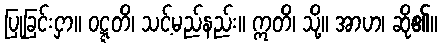
ပြုခြင်းငှာ။ ဝဋ္ဋတိ၊ သင့်မည်နည်း။ ဣတိ၊ သို့။ အာဟ၊ ဆို၏။